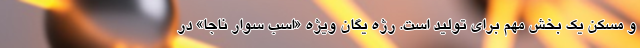
و مسکن یک بخش مهم برای تولید است. رژه یگان ویژه «اسب سوار ناجا» در